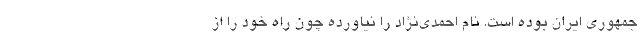
جمهوری ایران بوده است. نام احمدی‌نژاد را نیاورده چون راه خود را از